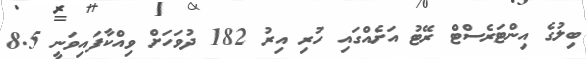
ބިލުގެ އިންޓަރެސްޓް ރޭޓު އަށެއްގައި ހުރި އިރު 182 ދުވަހަށް ވިއްކާފައިވަނީ 8.5